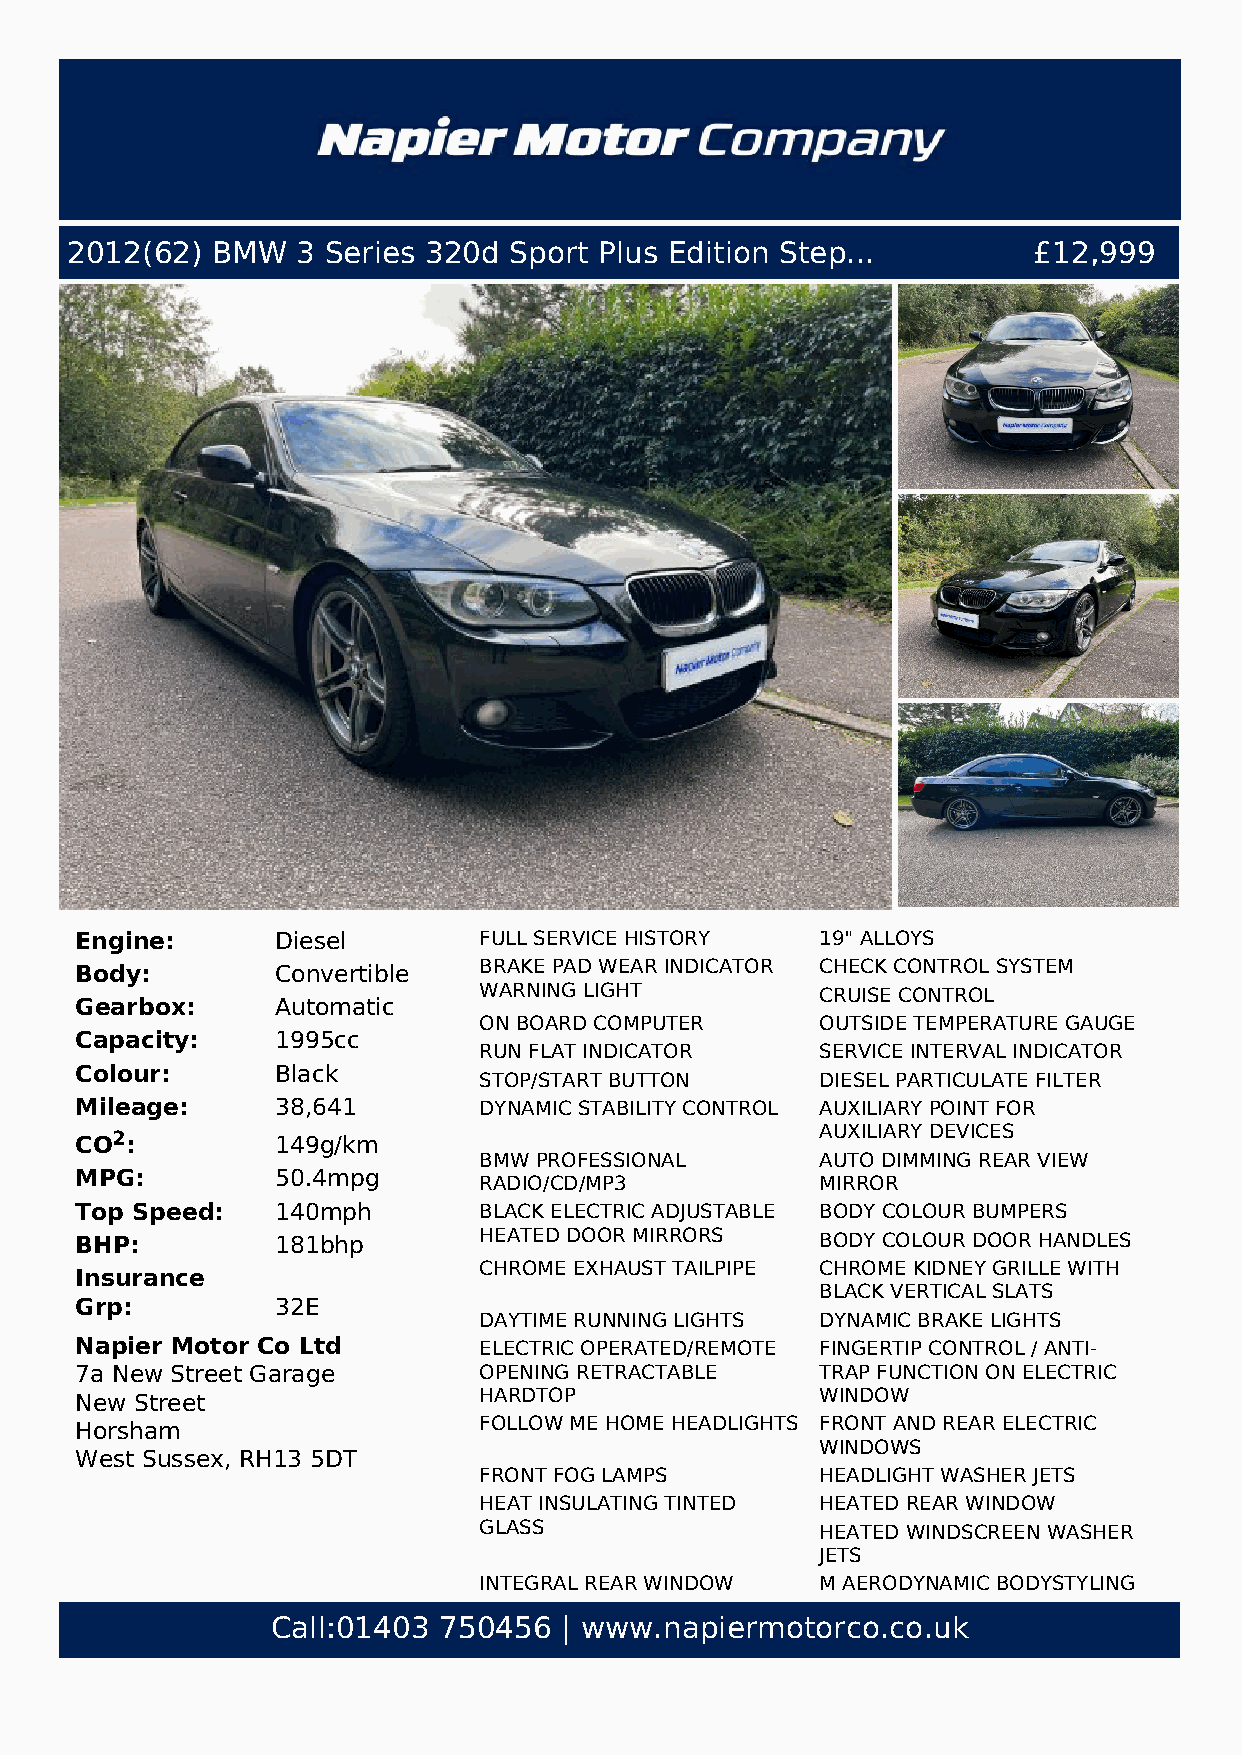
2012(62)  BMW   3 Series 320d Sport Plus Edition Step...        £12,999
 Engine:      Diesel        FULL SERVICE HISTORY  19" ALLOYS
 Body:        Convertible   BRAKE PAD WEAR INDICATOR CHECK CONTROL SYSTEM
 WARNING LIGHT         CRUISE CONTROL
 Gearbox:     Automatic
 ON BOARD COMPUTER     OUTSIDE TEMPERATURE GAUGE
 Capacity:    1995cc
 RUN FLAT INDICATOR    SERVICE INTERVAL INDICATOR
 Colour:      Black
 STOP/START BUTTON     DIESEL PARTICULATE FILTER
 Mileage:     38,641        DYNAMIC STABILITY CONTROL AUXILIARY POINT FOR
 CO2:         149g/km                             AUXILIARY DEVICES
 BMW PROFESSIONAL      AUTO DIMMING REAR VIEW
 MPG:         50.4mpg
 RADIO/CD/MP3          MIRROR
 Top Speed:   140mph        BLACK ELECTRIC ADJUSTABLE BODY COLOUR BUMPERS
 BHP:         181bhp        HEATED DOOR MIRRORS   BODY COLOUR DOOR HANDLES
 CHROME EXHAUST TAILPIPE CHROME KIDNEY GRILLE WITH
 Insurance
 BLACK VERTICAL SLATS
 Grp:         32E
 DAYTIME RUNNING LIGHTS DYNAMIC BRAKE LIGHTS
 Napier Motor Co Ltd        ELECTRIC OPERATED/REMOTE FINGERTIP CONTROL / ANTI-
 7a New Street Garage       OPENING RETRACTABLE   TRAP FUNCTION ON ELECTRIC
 New Street                 HARDTOP               WINDOW
 Horsham                    FOLLOW ME HOME HEADLIGHTS FRONT AND REAR ELECTRIC
 WINDOWS
 West Sussex, RH13 5DT
 FRONT FOG LAMPS       HEADLIGHT WASHER JETS
 HEAT INSULATING TINTED HEATED REAR WINDOW
 GLASS                 HEATED WINDSCREEN WASHER
 JETS
 INTEGRAL REAR WINDOW  M AERODYNAMIC BODYSTYLING
 AERIAL                REAR DIFFUSER
 Call:01403 750456  | www.napiermotorco.co.uk
 REAR SPOILER          SOFT CLOSE BOOTLID
 VARIABLE INTERMITTENT WINDSCREEN WITH GREY